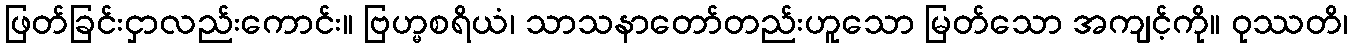
ဖြတ်ခြင်းငှာလည်းကောင်း။ ဗြဟ္မစရိယံ၊ သာသနာတော်တည်းဟူသော မြတ်သော အကျင့်ကို။ ဝုဿတိ၊